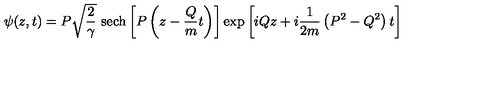
\psi ( z , t ) = P \sqrt { \frac { 2 } { \gamma } } \ \mathrm { s e c h } \left[ P \left( z - \frac { Q } { m } t \right) \right] \exp \left[ i Q z + i \frac { 1 } { 2 m } \left( P ^ { 2 } - Q ^ { 2 } \right) t \right]